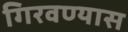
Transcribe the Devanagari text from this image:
गिरवण्यास